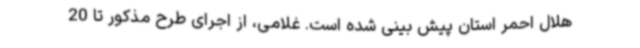
هلال احمر استان پیش بینی شده است. غلامی، از اجرای طرح مذکور تا 20